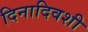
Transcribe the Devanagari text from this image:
दिनादिवशी